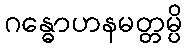
ဂန္ဓောဟနမတ္တမ္ပိ